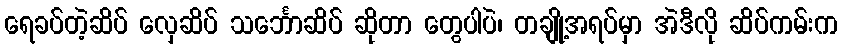
ရေခပ်တဲ့ဆိပ် လှေဆိပ် သင်္ဘောဆိပ် ဆိုတာ တွေပါပဲ၊ တချို့အရပ်မှာ အဲဒီလို ဆိပ်ကမ်းက